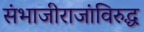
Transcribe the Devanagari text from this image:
संभाजीराजांविरुद्ध